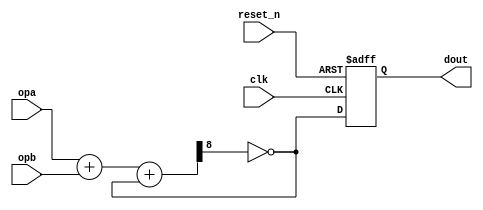
//======================================================================
//
// bp_osc.v
// --------
// Digital ring oscillator used as entropy source. Based on the
// idea of using carry chain in adders as inverter by Bernd Paysan.
//
//
// Copyright (c) 2014, Secworks Sweden AB
// All rights reserved.
// 
// Redistribution and use in source and binary forms, with or 
// without modification, are permitted provided that the following 
// conditions are met: 
// 
// 1. Redistributions of source code must retain the above copyright 
//    notice, this list of conditions and the following disclaimer. 
// 
// 2. Redistributions in binary form must reproduce the above copyright 
//    notice, this list of conditions and the following disclaimer in 
//    the documentation and/or other materials provided with the 
//    distribution. 
// 
// THIS SOFTWARE IS PROVIDED BY THE COPYRIGHT HOLDERS AND CONTRIBUTORS 
// "AS IS" AND ANY EXPRESS OR IMPLIED WARRANTIES, INCLUDING, BUT NOT 
// LIMITED TO, THE IMPLIED WARRANTIES OF MERCHANTABILITY AND FITNESS 
// FOR A PARTICULAR PURPOSE ARE DISCLAIMED. IN NO EVENT SHALL THE 
// COPYRIGHT OWNER OR CONTRIBUTORS BE LIABLE FOR ANY DIRECT, INDIRECT, 
// INCIDENTAL, SPECIAL, EXEMPLARY, OR CONSEQUENTIAL DAMAGES (INCLUDING, 
// BUT NOT LIMITED TO, PROCUREMENT OF SUBSTITUTE GOODS OR SERVICES;
// LOSS OF USE, DATA, OR PROFITS; OR BUSINESS INTERRUPTION) HOWEVER 
// CAUSED AND ON ANY THEORY OF LIABILITY, WHETHER IN CONTRACT, 
// STRICT LIABILITY, OR TORT (INCLUDING NEGLIGENCE OR OTHERWISE) 
// ARISING IN ANY WAY OUT OF THE USE OF THIS SOFTWARE, EVEN IF 
// ADVISED OF THE POSSIBILITY OF SUCH DAMAGE.
//
//======================================================================

module bp_osc #(parameter WIDTH = 8)
             (
              input wire                   clk,
              input wire                   reset_n,

              input wire [(WIDTH - 1) : 0] opa,
              input wire [(WIDTH - 1) : 0] opb,

              output wire                  dout
             );

  //----------------------------------------------------------------
  // Registers.
  //----------------------------------------------------------------
  reg dout_reg;


  //----------------------------------------------------------------
  // Wires.
  //----------------------------------------------------------------
  reg [WIDTH : 0] sum;
  reg 	          cin;


  //----------------------------------------------------------------
  // Concurrent assignment.
  //----------------------------------------------------------------
  assign dout = dout_reg;


  //----------------------------------------------------------------
  // reg_update
  //----------------------------------------------------------------
     always @ (posedge clk or negedge reset_n)
       begin
         if (!reset_n)
           begin
             dout_reg <= 1'b0;
           end
         else
           begin
             dout_reg <= cin;
           end
       end


  //----------------------------------------------------------------
  // adder_osc
  //
  // Adder logic that generates the oscillator.
  //
  // NOTE: This logic contains a combinational loop and does
  // not play well with an event driven simulator.
  //----------------------------------------------------------------
  always @*
    begin: adder_osc
      cin = ~sum[WIDTH];
      sum = opa + opb + cin;
    end
endmodule // bp_osc

//======================================================================
// EOF bp_osc.v
//======================================================================